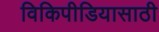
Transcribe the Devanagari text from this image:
विकिपीडियासाठी